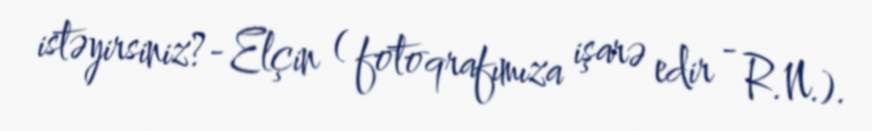
istəyirsiniz?- Elçin ( fotoqrafımıza işarə edir - R.N.).